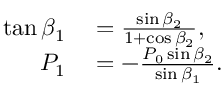
\begin{array} { r l } { \tan \beta _ { 1 } } & { { } = \frac { \sin \beta _ { 2 } } { 1 + \cos \beta _ { 2 } } , } \\ { P _ { 1 } } & { { } = - \frac { P _ { 0 } \sin \beta _ { 2 } } { \sin \beta _ { 1 } } . } \end{array}